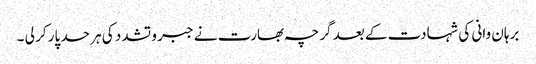
برہان وانی کی شہادت کے بعد گرچہ بھارت نے جبر و تشدد کی ہر حد پار کر لی ۔